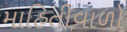
માહિતીવાળો